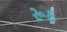
રૂઠ